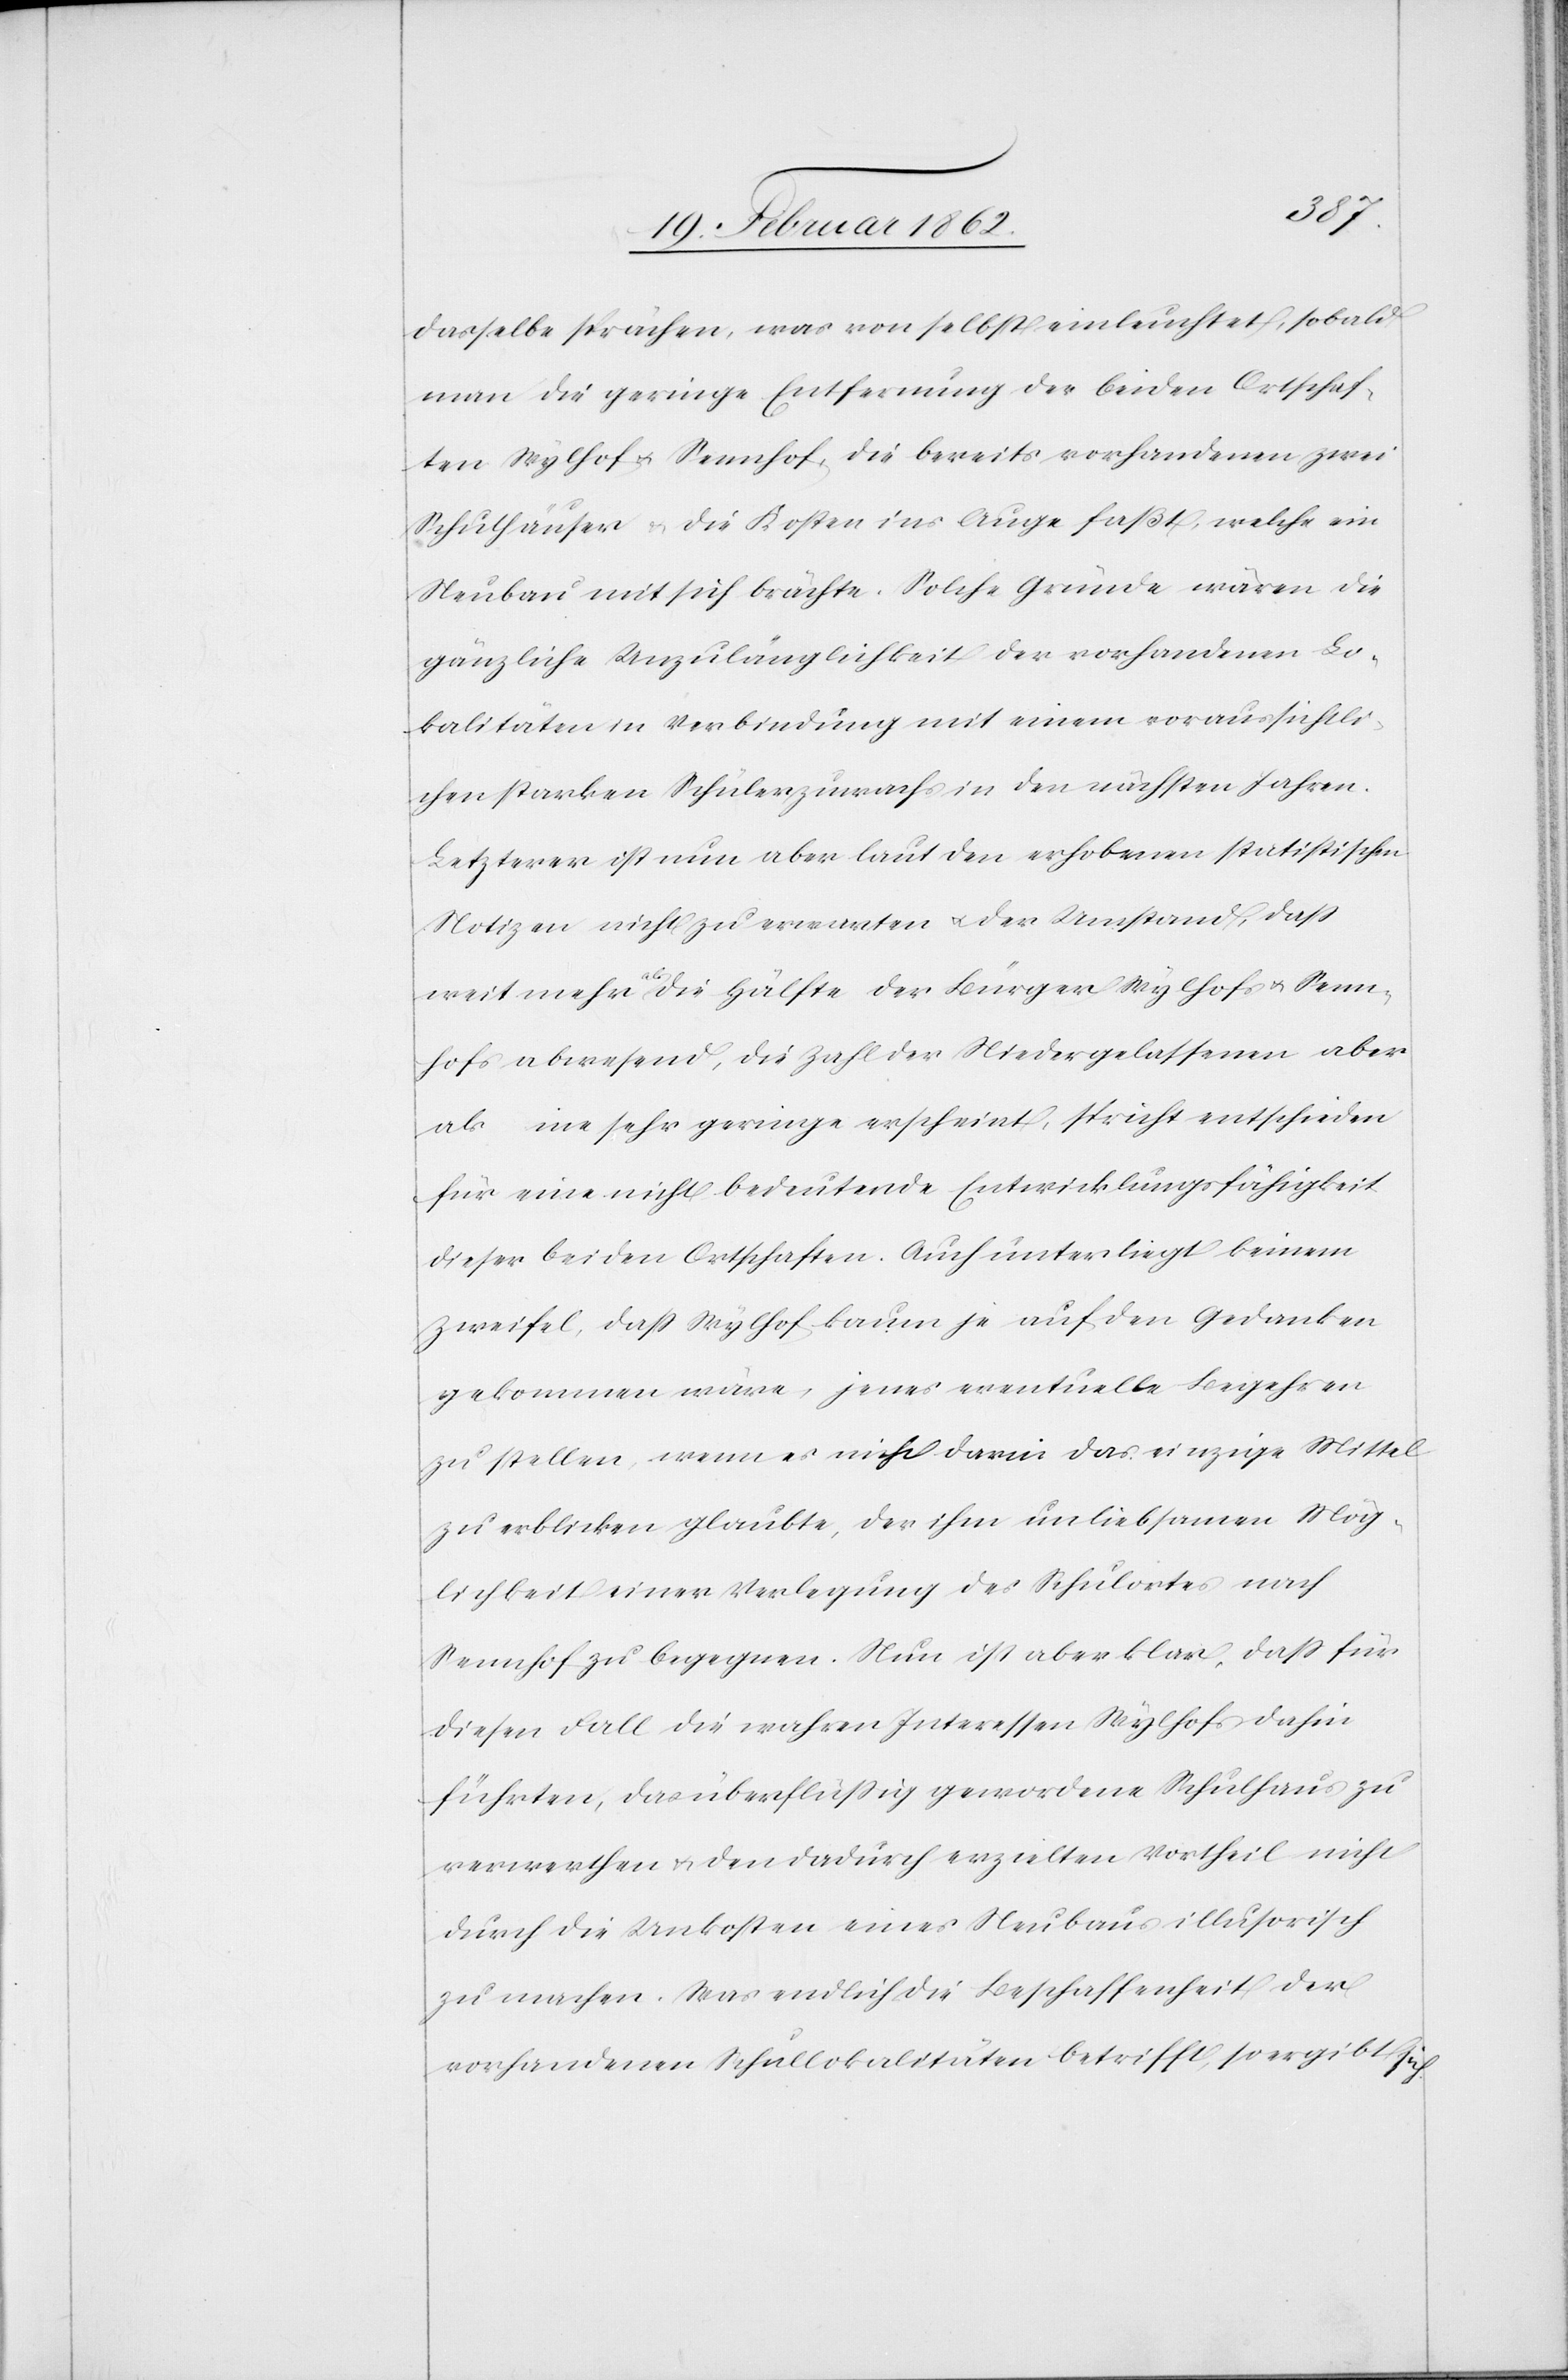
dasselbe sprächen, was von selbst einleuchtet, sobald
man die geringe Entfernung der beiden Ortschaf¬
ten Wylhof u. Sennhof, die bereits vorhandenen zwei
Schulhäuser & die Kosten ins Auge faßt, welche ein
Neubau mit sich brächte. Solche Gründe wären die
gänzliche Unzulänglichkeit der vorhandenen Lo¬
kalitäten in Verbindung mit einem voraussichtli¬
chen starken Schülerzuwachs in den nächsten Jahren.
Letzterer ist nun aber laut der erhobenen statistischen
Notizen nicht zu erwarten u. der Umstand, daß
weit mehr als die Hälfte der Bürger Wylhofs u. Senn¬
hofs abwesend, die Zahl der Niedergelassenen aber
als eine sehr geringe erscheint, spricht entschieden
für eine nicht bedeutende Entwicklungsfähigkeit
dieser beiden Ortschaften. Auch unterliegt keinem
Zweifel, daß Wylhof kaum je auf den Gedanken
gekommen wäre, jenes eventuelle Begehren
zu stellen, wenn es nicht darin das einzige Mittel
zu erblicken glaubte, der ihm unliebsamen Mög¬
lichkeit einer Verlegung des Schulortes nach
Sennhof zu begegnen. Nun ist aber klar, daß für
diesen Fall die wahren Interessen Wylhofs dahin
führten, das überflüßig gewordene Schulhaus zu
verwerthen u. den dadurch erzielten Vortheil nicht
durch die Unkosten eines Neubaus illusorisch
zu machen. Was endlich die Beschaffenheit der
vorhandenen Schullokalitäten betrifft, so ergibt sich